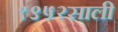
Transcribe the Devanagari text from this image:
१९५२साली